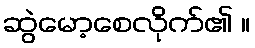
ဆွဲမော့စေလိုက်၏ ။